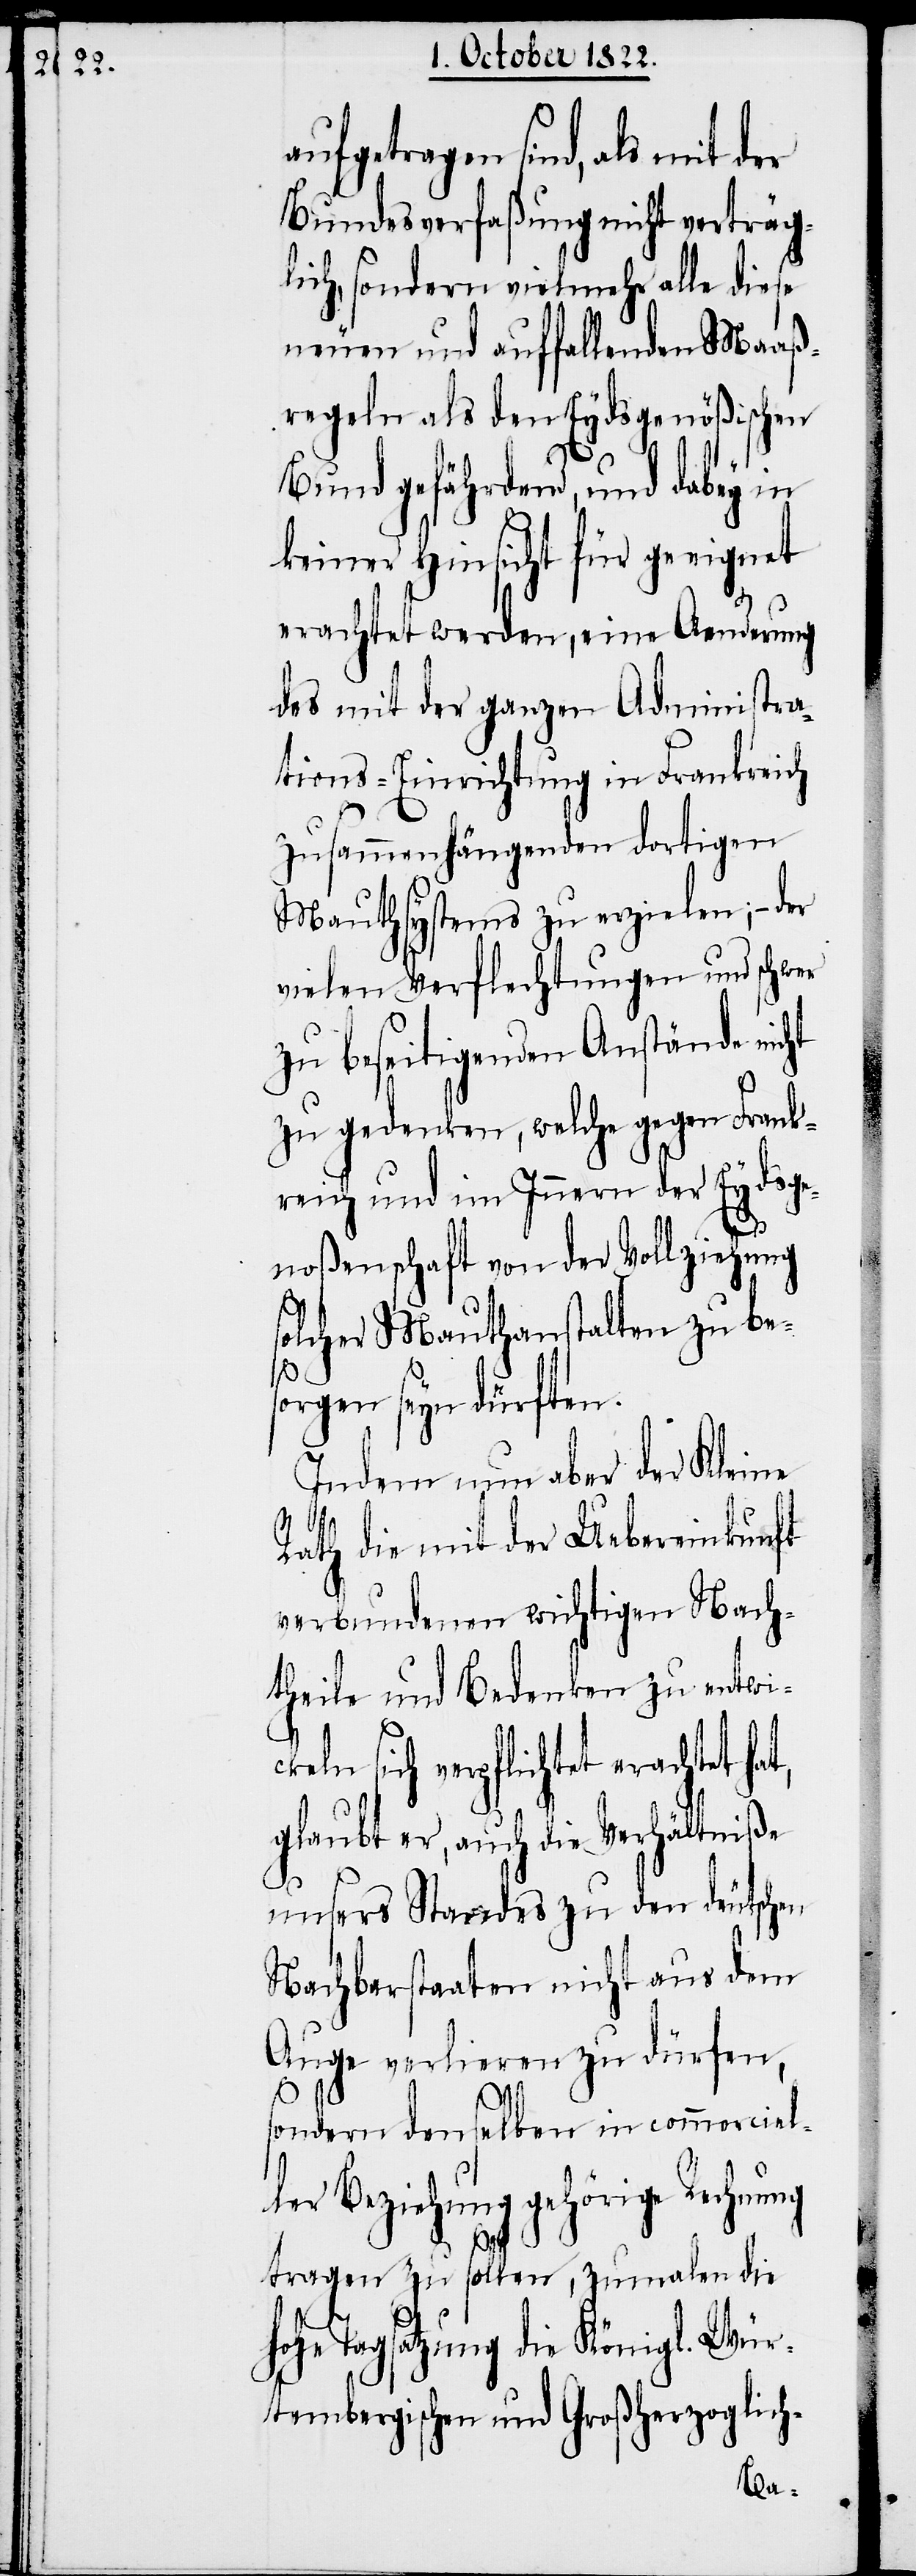
aufgetragen sind, als mit der
Bundesverfaßung nicht verträg¬
lich, sondern vielmehr alle diese
neuen und auffallenden Maaß¬
regeln als den Eydsgenößischen
Bund gefährdend, und dabey in
keiner Hinsicht für geeignet
erachtet werden, eine Aenderung
des mit der ganzen Administra¬
tions-Einrichtung in Frankreich
zusammenhängenden dortigen
Mauthsystems zu erzielen; – der
vielen Verflechtungen und schwer
zu beseitigenden Anstände nicht
zu gedenken, welche gegen Frank¬
reich und im Innern der Eydsge¬
noßenschaft von der Vollziehung
solcher Mauthanstalten zu bes¬
orgen seyn dürften.
Indem nun aber der Kleine
t,
Rath die mit der Uebereinkunft
verbundenen wichtigen Nach¬
theile und Bedenken zu entwic¬
keln sich verpflichtet erachtet ha¬
glaubt er, auch die Verhältniße
unsers Standes zu den deutschen
Nachbarstaaten nicht aus dem
Auge verlieren zu dürfen,
sondern denselben in commerciel¬
ler Beziehung gehörige Rechnung
tragen zu sollen, zumalen die
hohe Tagsatzung die Königl. Wür¬
tembergischen und Großherzoglich-